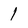
Character: 1